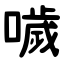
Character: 噦